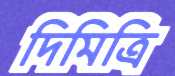
দিমিত্রি